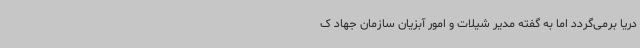
دریا برمی‌گردد اما به گفته مدیر شیلات و امور آبزیان سازمان جهاد ک